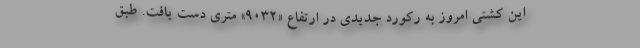
این کشتی امروز به رکورد جدیدی در ارتفاع «۹۰۳۲» متری دست یافت. طبق